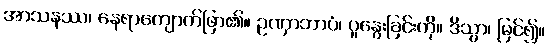
အာသနဿ၊ နေရာကျောက်ဖြာ၏။ ဥဏှာဘာပံ၊ ပူနွေးခြင်းကို။ ဒိသွာ၊ မြင်၍။